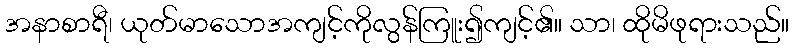
အနာစာရီ၊ ယုတ်မာသောအကျင့်ကိုလွန်ကြူး၍ကျင့်၏။ သာ၊ ထိုမိဖုရားသည်။